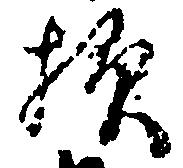
様